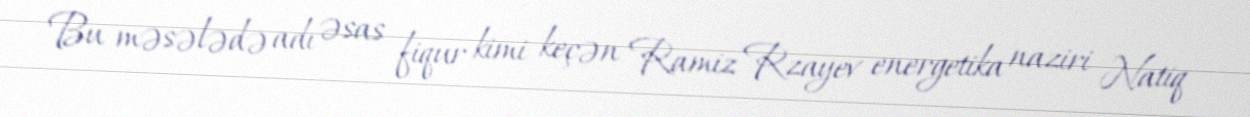
Bu məsələdə adı əsas fiqur kimi keçən Ramiz Rzayev energetika naziri Natiq